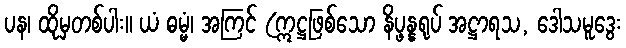
ပန၊ ထိုမှတစ်ပါး။ ယံ ဓမ္မံ၊ အကြင် (ဣဋ္ဌဖြစ်သော နိပ္ဖန္နရုပ် အဋ္ဌာရသ, ဒေါသမူဒွေး